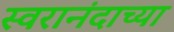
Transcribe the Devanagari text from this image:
स्वरानंदाच्या